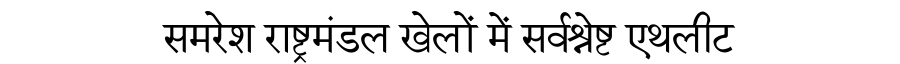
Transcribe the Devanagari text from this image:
समरेश राष्ट्रमंडल खेलों में सर्वश्रेष्ट एथलीट